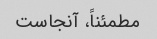
مطمئناً، آنجاست